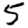
Digit: 5